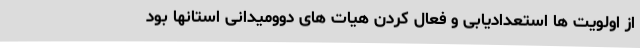
از اولویت ها استعدادیابی و فعال کردن هیات های دوومیدانی استانها بود